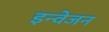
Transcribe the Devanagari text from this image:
इन्वेजन